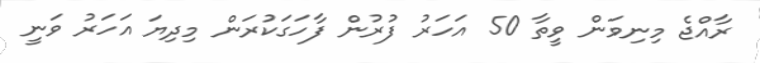
ރާއްޖެ މިނިވަން ވީތާ 50 އަހަރު ފުރުން ފާހަގަކުރަން މިދިޔަ އަހަރު ވަނީ